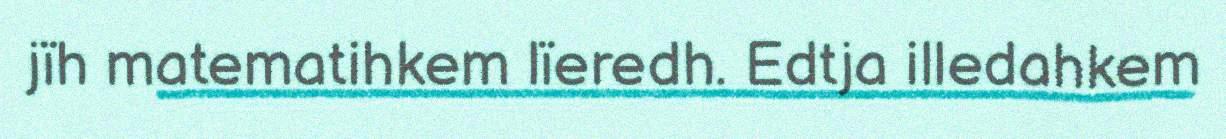
jïh matematihkem lïeredh. Edtja illedahkem